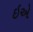
ઇએ